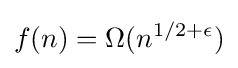
f(n)=\Omega (n^{1/2+\epsilon })